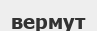
вермут